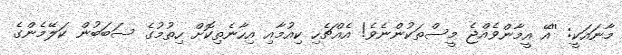
މާނައަކީ: ''އޭ އީމާންވެއްޖެ މީސްތަކުންނެވެ! އެއްޗެހި ކިއުމާއި އިހާނެތިކޮށް ހިތުމުގެ ސަބަބުން ކަލޭމެންގެ